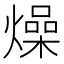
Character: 燥